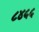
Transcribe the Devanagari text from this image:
८४५५